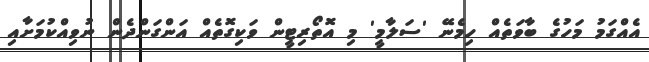
އެއްގަމު މަހުގެ ބާވަތެއް ހިމެނޭ 'ސަލާމީ' މި އޮތޯރިޓީން ވަކިގޮތެއް އަންގަންދެން ނުވިއްކުމަށާއި